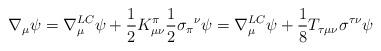
LaTeX: \begin{align*}\nabla_\mu\psi = \nabla_\mu^{LC} \psi + \frac12 K_{\mu\nu}^\pi \frac12\sigma_\pi{}^{\nu}\psi = \nabla_\mu^{LC} \psi + \frac18 T_{\tau\mu\nu}\sigma^{\tau\nu}\psi\end{align*}